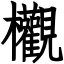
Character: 欟